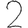
Digit: 2